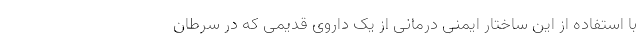
با استفاده از این ساختار ایمنی درمانی از یک داروی قدیمی که در سرطان